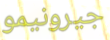
جيرونيمو